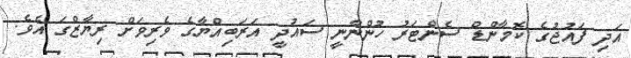
އަދި ފައުޖުގެ ކޮމާންޑް ސެންޓަރު ހުންނާނީ ސައުދީ އަރަބިއްޔާގެ ވެރިވަށް ރިޔާޒްގަ އެވެ.